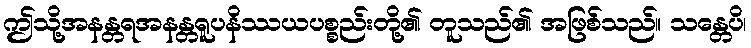
ဤသို့အနန္တရအနန္တရူပနိဿယပစ္စည်းတို့၏ တူသည်၏ အဖြစ်သည်။ သန္တေပိ၊